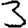
Digit: 3